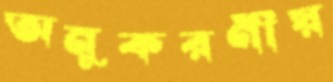
অনুকরণীয়